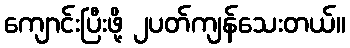
ကျောင်းပြီးဖို့ ၂ပတ်ကျန်သေးတယ်။